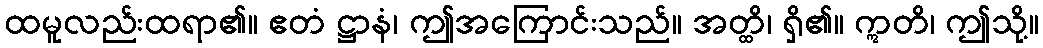
ထမူလည်းထရာ၏။ ဧတံ ဋ္ဌာနံ၊ ဤအကြောင်းသည်။ အတ္ထိ၊ ရှိ၏။ ဣတိ၊ ဤသို့။